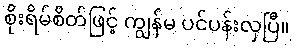
စိုးရိမ်စိတ်ဖြင့် ကျွန်မ ပင်ပန်းလှပြီ။